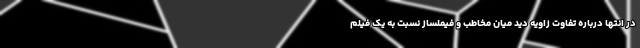
در انتها درباره تفاوت زاویه دید میان مخاطب و فیملساز نسبت به یک فیلم